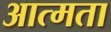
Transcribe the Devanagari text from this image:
आत्मता